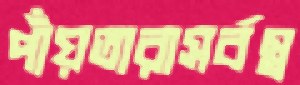
পাঁয়তারাসর্বস্ব